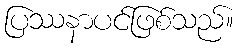
ပြဿနာပင်ဖြစ်သည်။